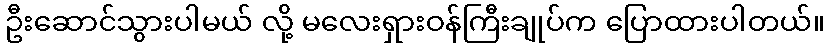
ဦးဆောင်သွားပါမယ် လို့ မလေးရှားဝန်ကြီးချုပ်က ပြောထားပါတယ်။